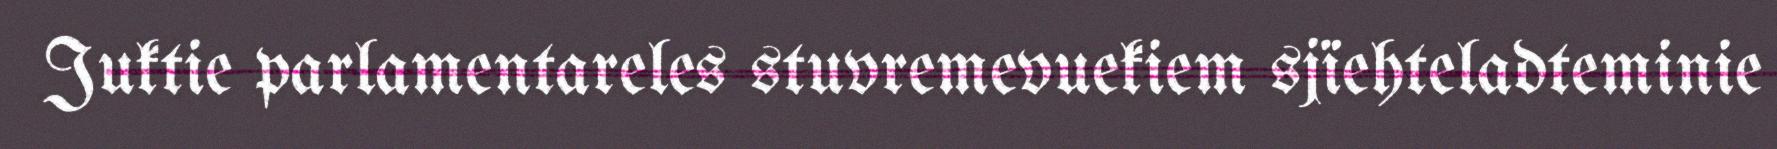
Juktie parlamentareles stuvremevuekiem sjïehteladteminie